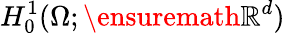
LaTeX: H_{0}^{1}(\Omega;\ensuremath\mathbb{R}^{d})